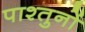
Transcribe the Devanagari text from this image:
पाश्तुनों